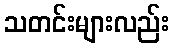
သတင်းများလည်း